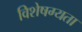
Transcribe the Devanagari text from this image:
विशेषग्यता